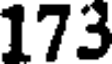
173